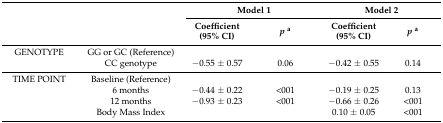
<table><thead><tr><td rowspan="2" colspan="2"></td><td colspan="2"><b>Model 1</b></td><td colspan="2"><b>Model 2</b></td></tr><tr><td><b>Coefficient (95% CI)</b></td><td><b><i>p</i><sup>a</sup></b></td><td><b>Coefficient (95% CI)</b></td><td><b><i>p</i><sup>a</sup></b></td></tr></thead><tbody><tr><td>GENOTYPE</td><td>GG or GC (Reference)</td><td></td><td></td><td></td><td></td></tr><tr><td></td><td>CC genotype</td><td>−0.55 ± 0.57</td><td>0.06</td><td>−0.42 ± 0.55</td><td>0.14</td></tr><tr><td>TIME POINT</td><td>Baseline (Reference)</td><td></td><td></td><td></td><td></td></tr><tr><td></td><td>6 months</td><td>−0.44 ± 0.22</td><td>&lt;001</td><td>−0.19 ± 0.25</td><td>0.13</td></tr><tr><td></td><td>12 months</td><td>−0.93 ± 0.23</td><td>&lt;001</td><td>−0.66 ± 0.26</td><td>&lt;001</td></tr><tr><td></td><td>Body Mass Index</td><td></td><td></td><td> 0.10 ± 0.05</td><td>&lt;001</td></tr></tbody></table>